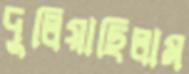
দুলিয়াছিলাম